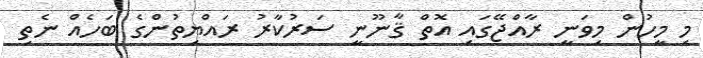
މި މީހުން މިވަނީ ރާއްޖޭގައި އޮތް ޤާނޫނީ ސަރުކާރު ރައްޔިތުންގެ ބަހެއް ނެތި